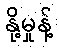
နို့မှုန့်